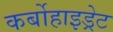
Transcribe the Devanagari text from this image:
कर्बोहाइड्रेट